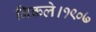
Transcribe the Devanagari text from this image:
निकले।१९०७